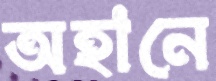
অহানে